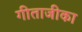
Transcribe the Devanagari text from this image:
गीताजीका